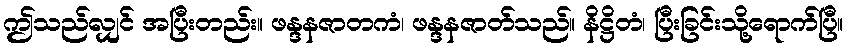
ဤသည်လျှင် အပြီးတည်း။ ဖန္ဒနဇာတကံ၊ ဖန္ဒနဇာတ်သည်။ နိဋ္ဌိတံ၊ ပြီးခြင်းသို့ရောက်ပြီ။